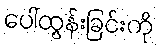
ပေါ်ထွန်းခြင်းကို